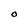
Character: 0